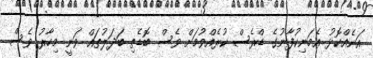
އަނެއްކޮޅު އެމަނިކުފާނުގެ ޑްރެސް ކުރެއްވުމަށް ވެސް ބޮޑެތި ބަަދަލުތައް ވަނީ މިހާރު ވެސް